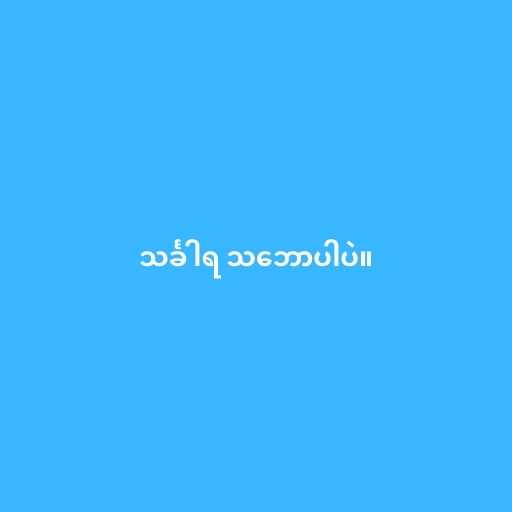
သင်္ခါရ သ‌ဘောပါပဲ။